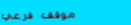
موقف فرعي